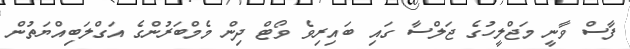
ފާސް ވާނީ މަޖްލީހުގެ ޖަލްސާ ގައި ބައިރިވެ ވޯޓް ދިން މެމްބަރުންގެ އަގްލަބިއްޔަތުން